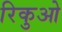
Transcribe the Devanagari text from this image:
रिकुओ